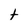
Character: t